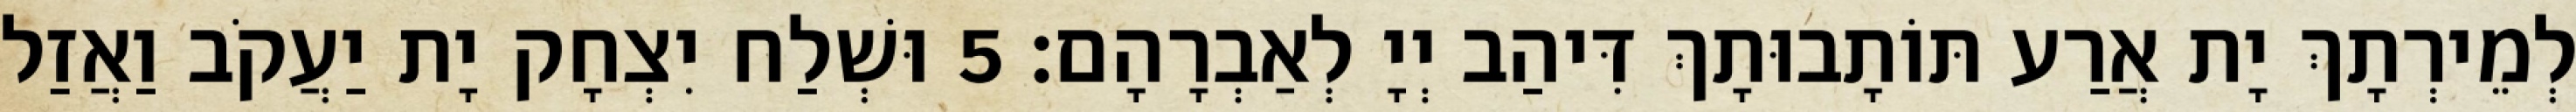
לְמֵירְתָךְ יָת אֲרַע תּוֹתָבוּתָךְ דִּיהַב יְיָ לְאַבְרָהָם׃ 5 וּשְׁלַח יִצְחָק יָת יַעֲקֹב וַאֲזַל